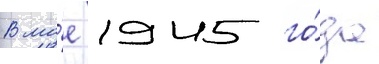
В ма́е 1945 го́да